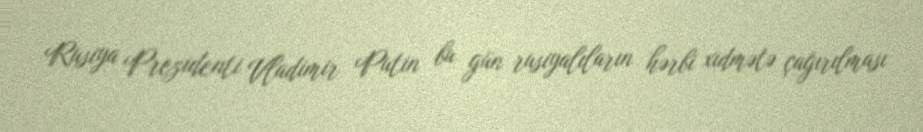
Rusiya Prezidenti Vladimir Putin bu gün rusiyalıların hərbi xidmətə çağırılması